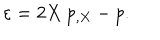
LaTeX: \varepsilon = 2 X \ p _ { , X } - p .